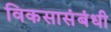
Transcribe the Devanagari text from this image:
विकसासंबंधी